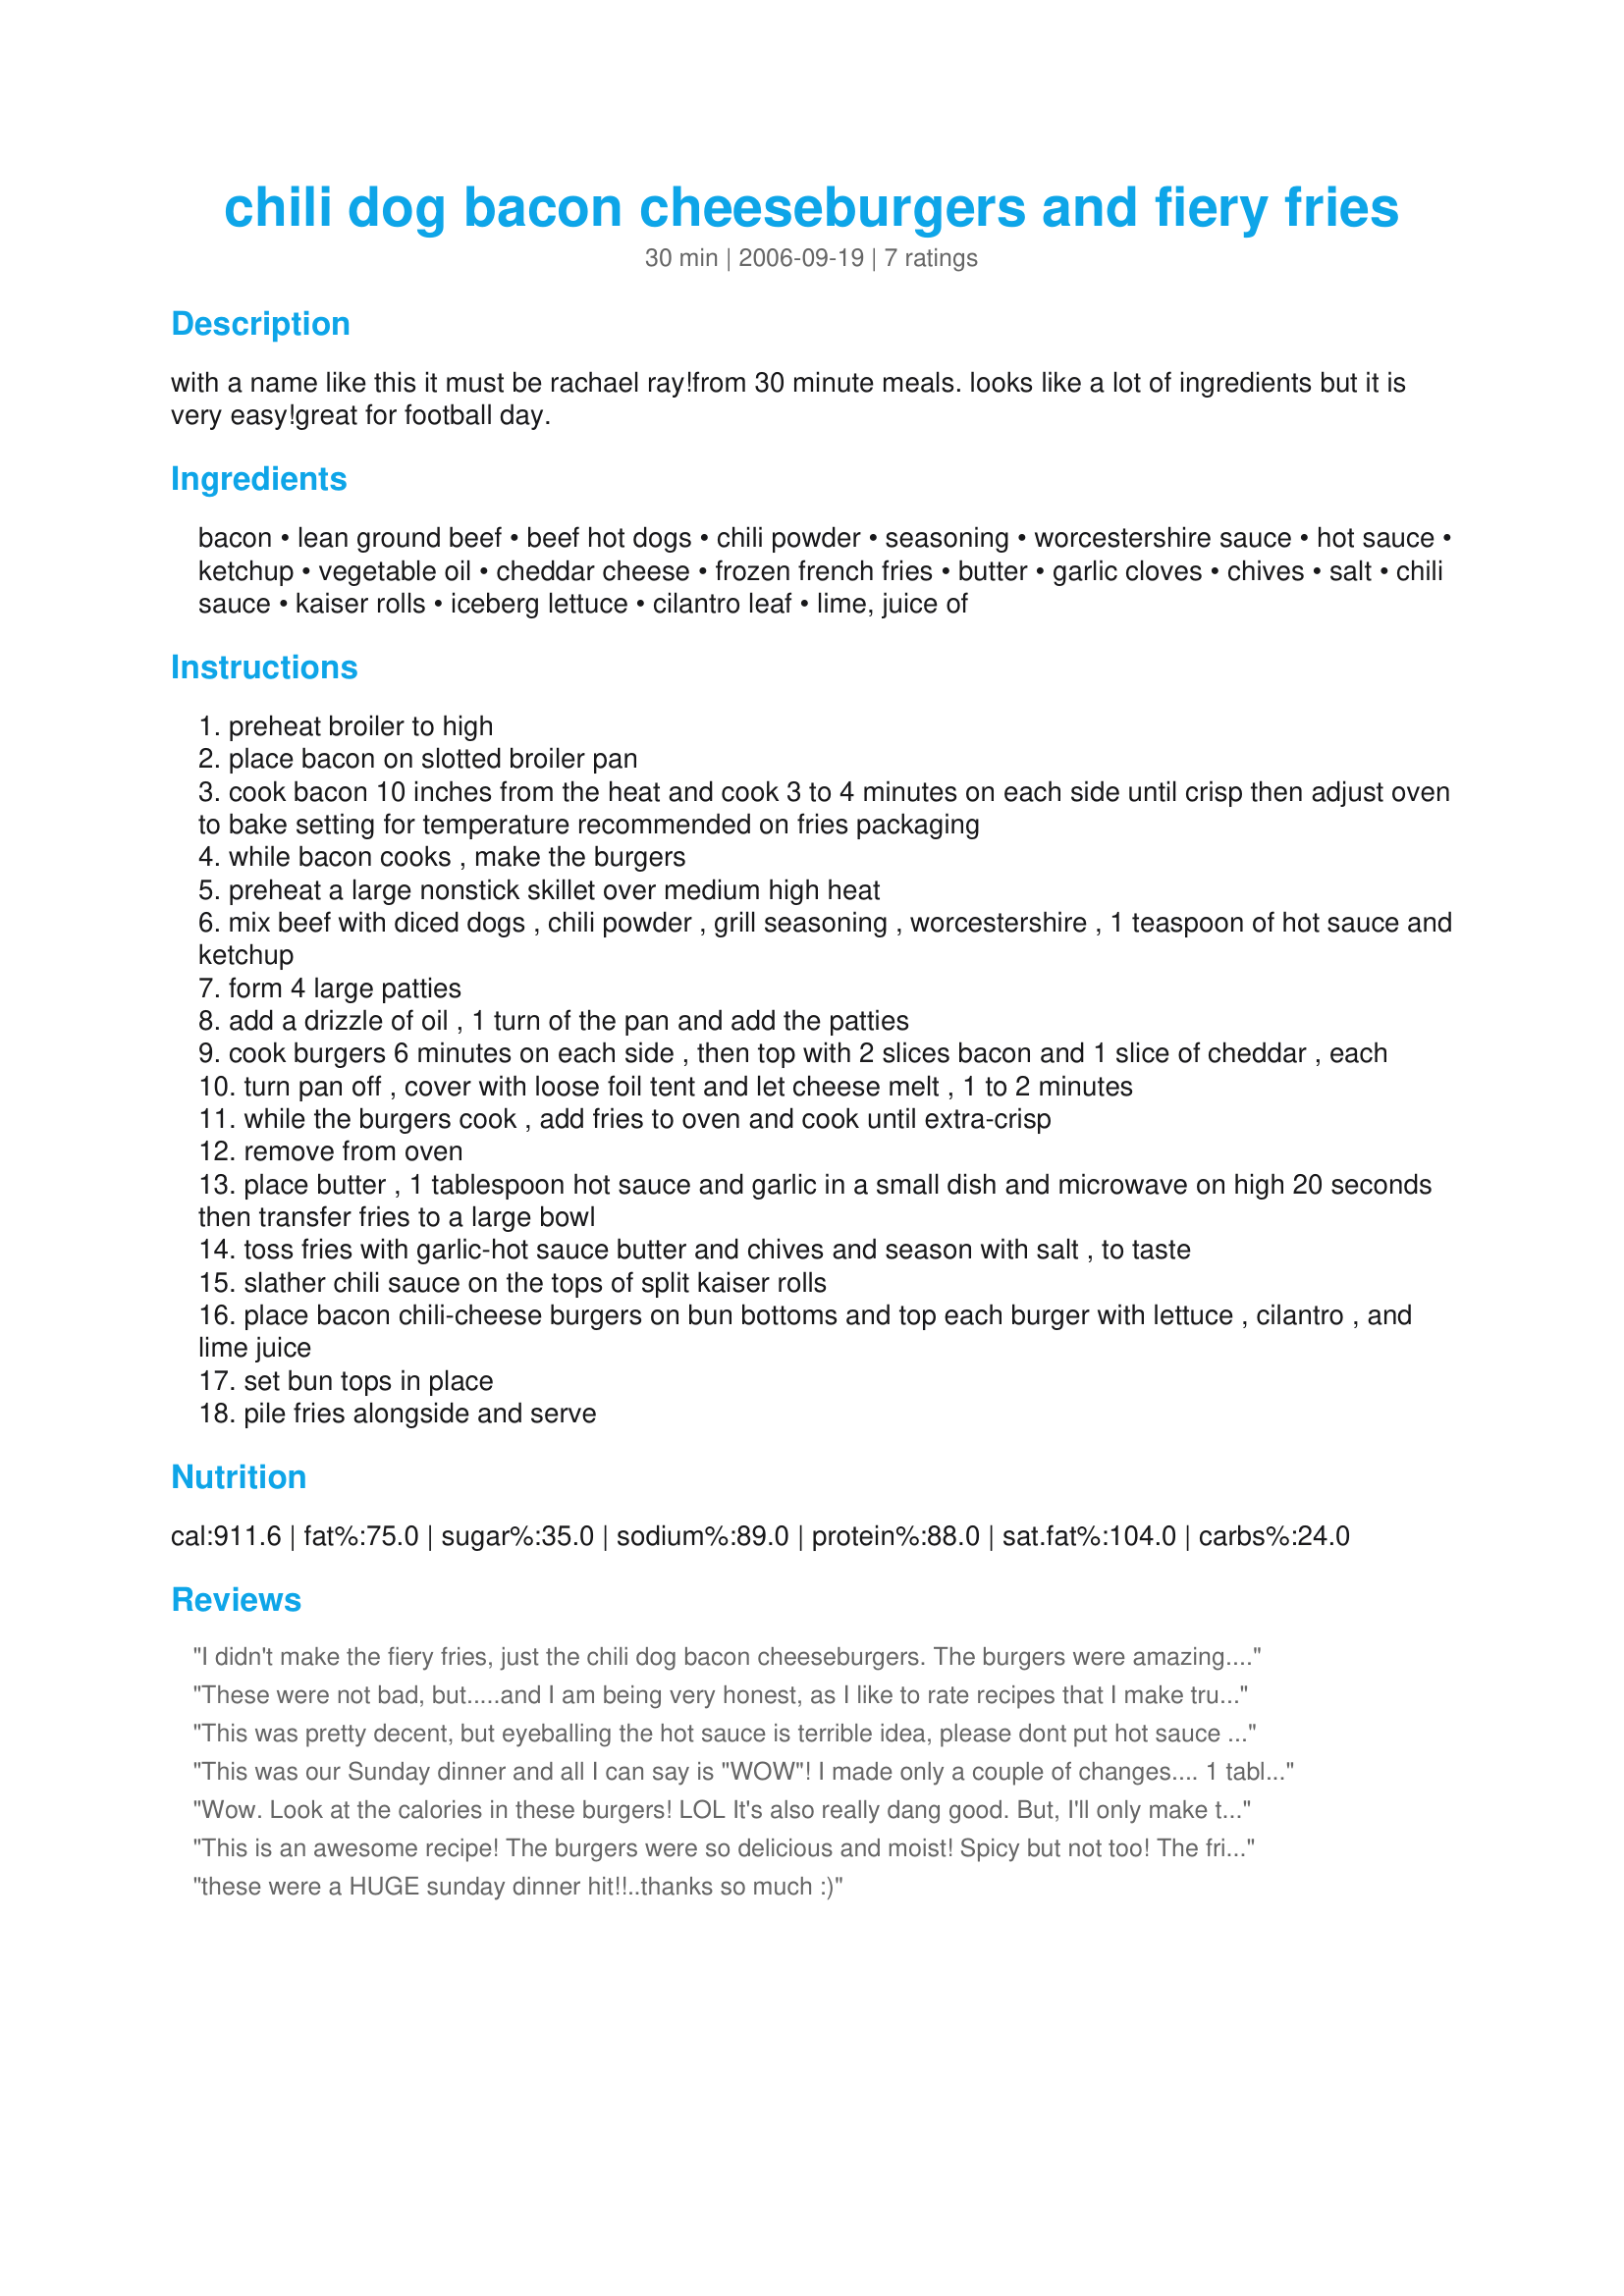
chili dog bacon cheeseburgers and fiery fries
Preparation time: 30 minutes

with a name like this it must be rachael ray!from 30 minute meals. looks like a lot of ingredients but it is very easy!great for football day.

Ingredients:
bacon, lean ground beef, beef hot dogs, chili powder, seasoning, worcestershire sauce, hot sauce, ketchup, vegetable oil, cheddar cheese, frozen french fries, butter, garlic cloves, chives, salt, chili sauce, kaiser rolls, iceberg lettuce, cilantro leaf, lime, juice of

Steps:
preheat broiler to high
place bacon on slotted broiler pan
cook bacon 10 inches from the heat and cook 3 to 4 minutes on each side until crisp then adjust oven to bake setting for temperature recommended on fries packaging
while bacon cooks , make the burgers
preheat a large nonstick skillet over medium high heat
mix beef with diced dogs , chili powder , grill seasoning , worcestershire , 1 teaspoon of hot sauce and ketchup
form 4 large patties
add a drizzle of oil , 1 turn of the pan and add the patties
cook burgers 6 minutes on each side , then top with 2 slices bacon and 1 slice of cheddar , each
turn pan off , cover with loose foil tent and let cheese melt , 1 to 2 minutes
while the burgers cook , add fries to oven and cook until extra-crisp
remove from oven
place butter , 1 tablespoon hot sauce and garlic in a small dish and microwave on high 20 seconds then transfer fries to a large bowl
toss fries with garlic-hot sauce butter and chives and season with salt , to taste
slather chili sauce on the tops of split kaiser rolls
place bacon chili-cheese burgers on bun bottoms and top each burger with lettuce , cilantro , and lime juice
set bun tops in place
pile fries alongside and serve

Reviews:
I didn't make the fiery fries, just the chili dog bacon cheeseburgers. The burgers were amazing. The Hubs LOVED them and so did I! This is a recipe that will become one of our regulars. Thanks so much for posting!
These were not bad, but.....and I am being very honest, as I like to rate recipes that I make truthfully. I found that the chili powder and Montreal Seasoning was overpowering. I also had a problem from keeping my patty from falling apart while cooking. I didn't make the fries, because I had mac & cheese with it. Thanks for posting.
This was pretty decent, but eyeballing the hot sauce is terrible idea, please dont put hot sauce in your eyes unless you can tolerate spicyness
This was our Sunday dinner and all I can say is "WOW"! I made only a couple of changes.... 1 tablespoon of chili powder to make it milder for my Dad and almost 3 year old twin granddaughters. I baked and tossed the Firey Fries which then seemed not too crispy so I put them back in the oven for another 10 minutes. Otherwise, followed the recipe with corn on the cob as another side and what a treat this dinner was! Thanks Robyn for posting this fantastic dinner recipe!
Wow. Look at the calories in these burgers! LOL
It's also really dang good. But, I'll only make these once a year.
Perfect FOOTBALL burgers! The fiery fries were also great and I will make those often!
Thanks for sharing. :)
This is an awesome recipe! The burgers were so delicious and moist! Spicy but not too! The fries were crisp garlicy and spicy. I loved this recipe along with my DH and DD's
Thanks so much
these were a HUGE sunday dinner hit!!..thanks so much :)
